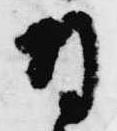
日